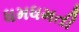
ધમધમતી